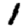
Digit: 1